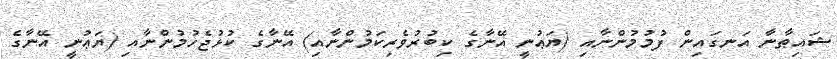
ޝައިޠާނާ އަނގައިން ފުމުމުންނާއި (ޔަޢުނީ އޭނާގެ ކިބުރުވެރިކަމުންނާއި) އޭނާގެ ކުޅުޖެހުމުންނާއި (ޔަޢުނީ އޭނާގެ